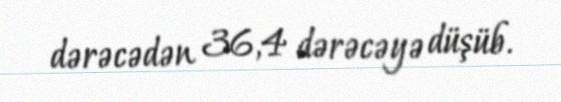
dərəcədən 36,4 dərəcəyə düşüb.